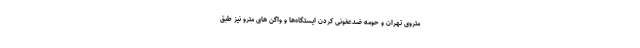
متروی تهران و حومه ضدعفونی کردن ایستگاه‌ها و واگن های مترو نیز طبق